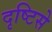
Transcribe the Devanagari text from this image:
दृष्‍टिसे